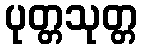
ပုတ္တသုတ္တ